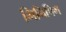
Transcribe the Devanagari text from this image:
गिनिपिग